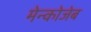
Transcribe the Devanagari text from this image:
मेन्कोजेब